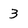
Character: 3